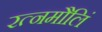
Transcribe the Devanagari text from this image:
रत्नमौलिं